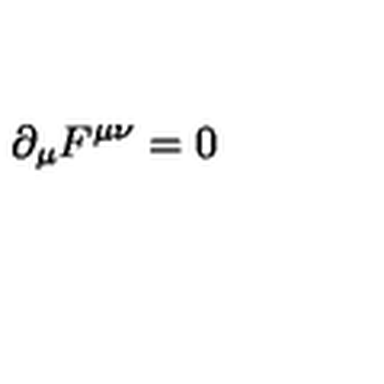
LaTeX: \partial _ { \mu } F ^ { \mu \nu } = 0